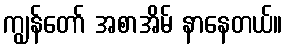
ကျွန်တော် အစာအိမ် နာနေတယ်။